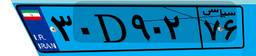
۶۶D۰۰۴۳۱